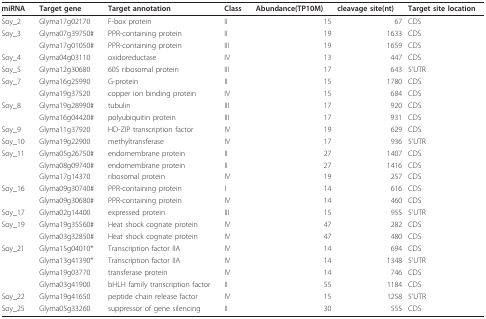
<table><thead><tr><td><b>miRNA</b></td><td><b>Target gene</b></td><td><b>Target annotation</b></td><td><b>Class</b></td><td><b>Abundance(TP10M)</b></td><td><b>cleavage site(nt)</b></td><td><b>Target site location</b></td></tr></thead><tbody><tr><td>Soy_2</td><td>Glyma17g02170</td><td>F-box protein</td><td>II</td><td>15</td><td>67</td><td>CDS</td></tr><tr><td>Soy_3</td><td>Glyma07g39750#</td><td>PPR-containing protein</td><td>II</td><td>19</td><td>1633</td><td>CDS</td></tr><tr><td></td><td>Glyma17g01050#</td><td>PPR-containing protein</td><td>III</td><td>19</td><td>1659</td><td>CDS</td></tr><tr><td>Soy_4</td><td>Glyma04g03110</td><td>oxidoreductase</td><td>IV</td><td>13</td><td>447</td><td>CDS</td></tr><tr><td>Soy_5</td><td>Glyma12g30680</td><td>60S ribosomal protein</td><td>III</td><td>17</td><td>643</td><td>5&#x27;UTR</td></tr><tr><td>Soy_7</td><td>Glyma16g25990</td><td>G-protein</td><td>II</td><td>15</td><td>1780</td><td>CDS</td></tr><tr><td></td><td>Glyma19g37520</td><td>copper ion binding protein</td><td>IV</td><td>15</td><td>684</td><td>CDS</td></tr><tr><td>Soy_8</td><td>Glyma19g28990#</td><td>tubulin</td><td>III</td><td>17</td><td>920</td><td>CDS</td></tr><tr><td></td><td>Glyma16g04420#</td><td>polyubiquitin protein</td><td>III</td><td>17</td><td>931</td><td>CDS</td></tr><tr><td>Soy_9</td><td>Glyma11g37920</td><td>HD-ZIP transcription factor</td><td>IV</td><td>19</td><td>629</td><td>CDS</td></tr><tr><td>Soy_10</td><td>Glyma19g22900</td><td>methyltransferase</td><td>IV</td><td>17</td><td>936</td><td>5&#x27;UTR</td></tr><tr><td>Soy_11</td><td>Glyma05g26750#</td><td>endomembrane protein</td><td>II</td><td>27</td><td>1407</td><td>CDS</td></tr><tr><td></td><td>Glyma08g09740#</td><td>endomembrane protein</td><td>II</td><td>27</td><td>1416</td><td>CDS</td></tr><tr><td></td><td>Glyma17g14370</td><td>ribosomal protein</td><td>IV</td><td>19</td><td>257</td><td>CDS</td></tr><tr><td>Soy_16</td><td>Glyma09g30740#</td><td>PPR-containing protein</td><td>I</td><td>14</td><td>616</td><td>CDS</td></tr><tr><td></td><td>Glyma09g30680#</td><td>PPR-containing protein</td><td>IV</td><td>14</td><td>460</td><td>CDS</td></tr><tr><td>Soy_17</td><td>Glyma02g14400</td><td>expressed protein</td><td>III</td><td>15</td><td>955</td><td>5&#x27;UTR</td></tr><tr><td>Soy_19</td><td>Glyma19g35560#</td><td>Heat shock cognate protein</td><td>IV</td><td>47</td><td>282</td><td>CDS</td></tr><tr><td></td><td>Glyma03g32850#</td><td>Heat shock cognate protein</td><td>IV</td><td>47</td><td>480</td><td>CDS</td></tr><tr><td>Soy_21</td><td>Glyma15g04010*</td><td>Transcription factor IIA</td><td>IV</td><td>14</td><td>694</td><td>CDS</td></tr><tr><td></td><td>Glyma13g41390*</td><td>Transcription factor IIA</td><td>IV</td><td>14</td><td>1348</td><td>5&#x27;UTR</td></tr><tr><td></td><td>Glyma19g03770</td><td>transferase protein</td><td>IV</td><td>14</td><td>746</td><td>CDS</td></tr><tr><td></td><td>Glyma03g41900</td><td>bHLH family transcription factor</td><td>II</td><td>55</td><td>1184</td><td>CDS</td></tr><tr><td>Soy_22</td><td>Glyma19g41650</td><td>peptide chain release factor</td><td>IV</td><td>15</td><td>1258</td><td>5&#x27;UTR</td></tr><tr><td>Soy_25</td><td>Glyma05g33260</td><td>suppressor of gene silencing</td><td>II</td><td>30</td><td>555</td><td>CDS</td></tr></tbody></table>